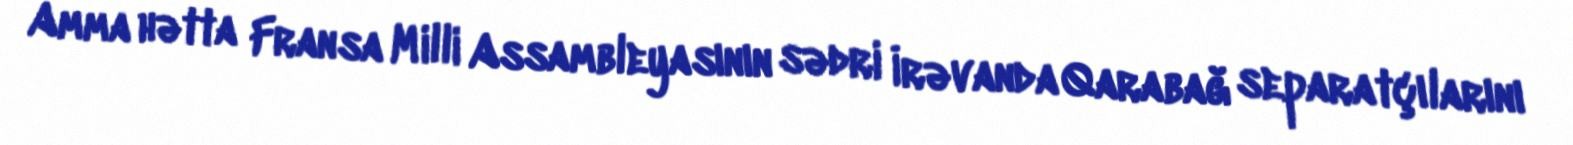
Amma hətta Fransa Milli Assambleyasının sədri İrəvanda Qarabağ separatçılarını